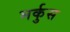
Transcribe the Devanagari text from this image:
मर्कुस